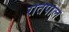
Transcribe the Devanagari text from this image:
रतिपाल